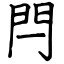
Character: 閂